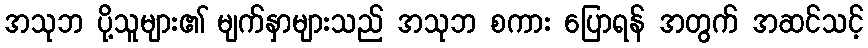
အသုဘ ပို့သူများ၏ မျက်နှာများသည် အသုဘ စကား ပြောရန် အတွက် အဆင်သင့်